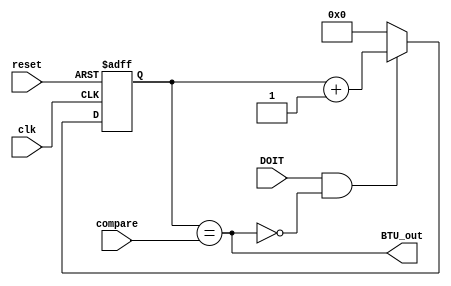
`timescale 1ns / 1ps
//****************************************************************//
//																						//
//  Created by Jacob Nguyen on 10/01/18.                          //
//  Copyright  2018 Jacob Nguyen. All rights reserved.           //
//																						//
//	 Abstract: Counter to specify how long a bit stays on the Tx	//
//				  signal with respect to the Baud Rate. The Baud 		//
//				  Decoder block will determine the "compare" value.	//
//																						//
//  In submitting this file for class work at CSULB               //
//  I am confirming that this is my work and the work             //
//  of no one else. In submitting this code I acknowledge that 	//
//  plagiarism in student project work is subject to dismissal 	//
//  from the class 																//
//****************************************************************//
module BIT_TIME_COUNTER(clk, reset, compare, DOIT, BTU_out);
	
	input clk, reset, DOIT;
	input [18:0] compare;
	
	output wire BTU_out;
	
	reg [18:0] BIT_TIME_COUNTER;
	
	assign BTU_out = (BIT_TIME_COUNTER == compare);
	
	always @(posedge clk, posedge reset)
		if (reset)		  	   BIT_TIME_COUNTER <= 19'b0; else
		if (DOIT & ~BTU_out) BIT_TIME_COUNTER <= BIT_TIME_COUNTER + 19'b1; else
								   BIT_TIME_COUNTER <= 19'b0;

endmodule